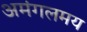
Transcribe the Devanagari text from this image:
अमंगलमय